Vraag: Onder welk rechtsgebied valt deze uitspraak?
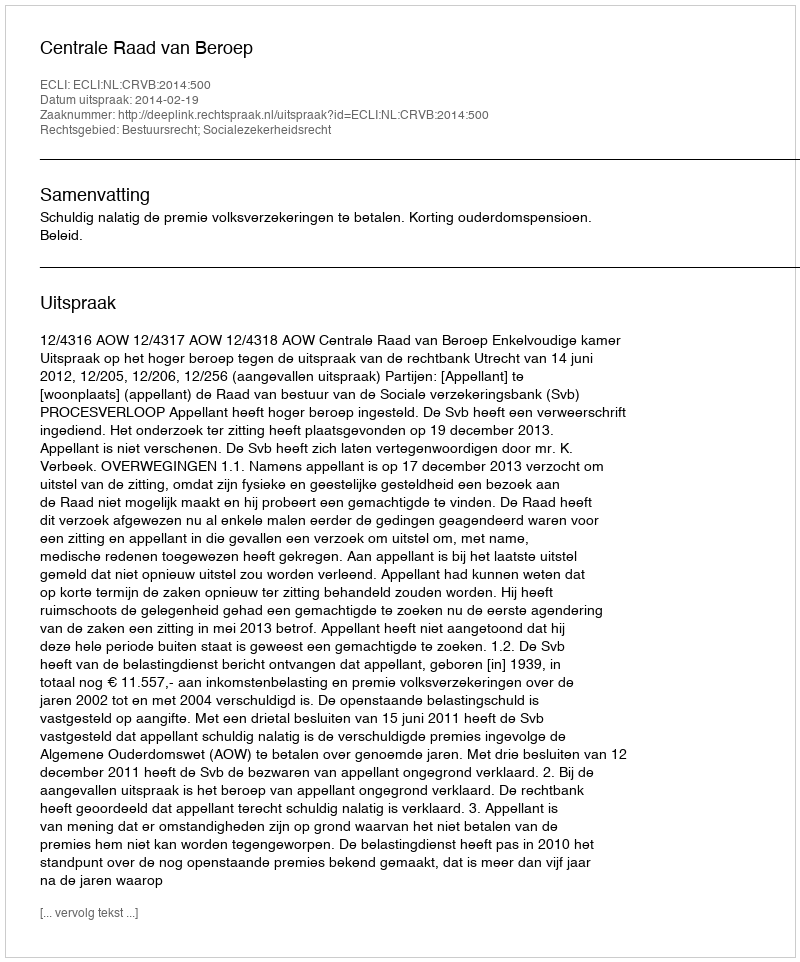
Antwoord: Bestuursrecht; Socialezekerheidsrecht